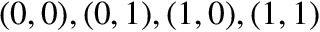
( 0 , 0 ) , ( 0 , 1 ) , ( 1 , 0 ) , ( 1 , 1 )